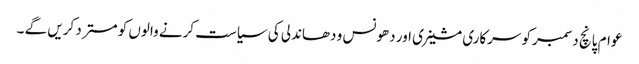
عوام پانچ دسمبرکو سرکاری مشینری اور دھونس و دھاندلی کی سیاست کرنے والوں کو مستر د کریں گے ۔